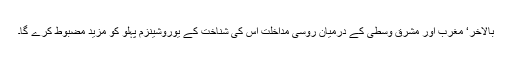
بالآخر‘ مغرب اور مشرق وسطی کے درمیان روسی مداخلت اس کی شناخت کے یوروشینزم پہلو کو مزید مضبوط کرے گا۔